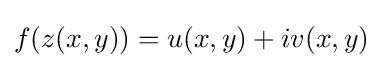
f(z(x,y))=u(x,y)+iv(x,y)